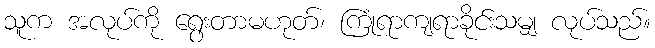
သူက အလုပ်ကို ရွေးတာမဟုတ်၊ ကြုံရာကျရာခိုင်းသမျှ လုပ်သည်။